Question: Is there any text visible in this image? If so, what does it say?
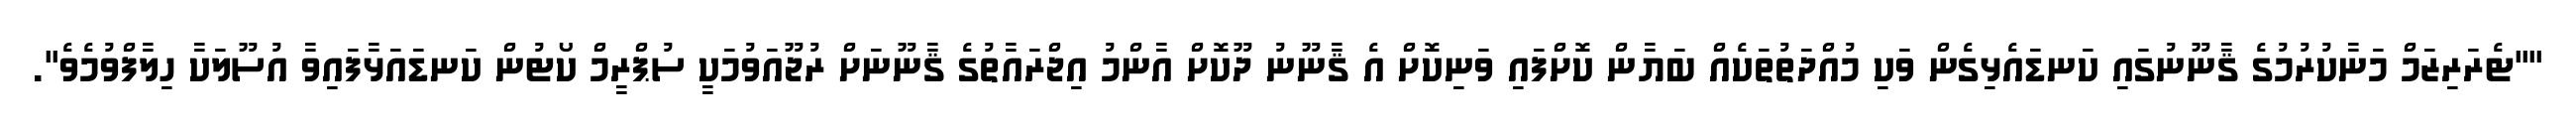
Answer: ""ޓެރަރިޒަމް މަނާކުރުމުގެ ޤާނޫނުގައި ކަނޑައެޅިގެން ވަކި މުއްދަތުތަކެއް ބަޔާން ކޮށްފައި ވަނިކޮށް އެ ޤާނޫނު ދޫކޮށް އާންމު އިޖްރައާތުގެ ޤާނޫނަށް ރުޖޫއަވުމަކީ ސުޕްރީމް ކޯޓުން ކަނޑައަޅާފައިވާ އުސޫލަކާ ހިލާފްވުމެވެ".